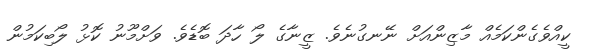
ކީއްވެގެންކަމެއް މާޒިންއަށް ނޭނގުނެވެ. ޒީނާގެ ލޯ ހާދަ ބޮޑެވެ. ވަށްމޫނު ކޮޅު ލޯބިކަމުން